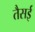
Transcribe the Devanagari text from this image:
तैसई